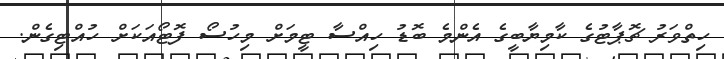
ހިތްވަރު ޗޮޕާޓުގެ ކާމިޔާބީގެ އެންމެ ބޮޑު ހިއްސާ ޓީމަށް މިހުސޯ ފޮޓޯއަކަށް ހުއްޓިގެން.